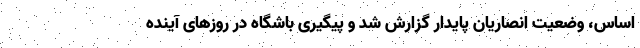
اساس، وضعیت انصاریان پایدار گزارش شد و پیگیری باشگاه در روزهای آینده